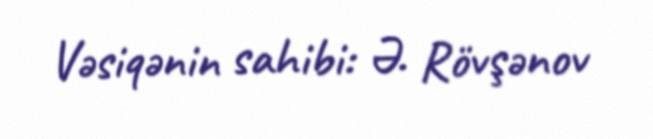
Vəsiqənin sahibi: Ə. Rövşənov